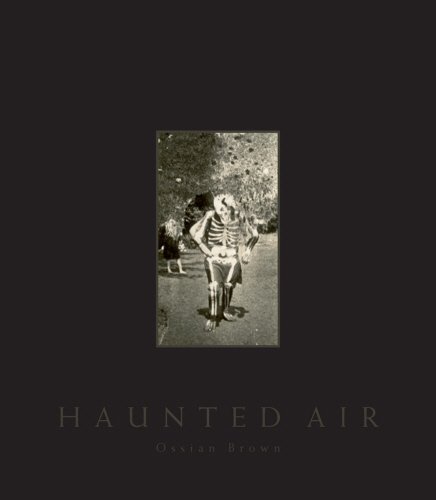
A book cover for Haunted Air; Ossian Brown; Arts & Photography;